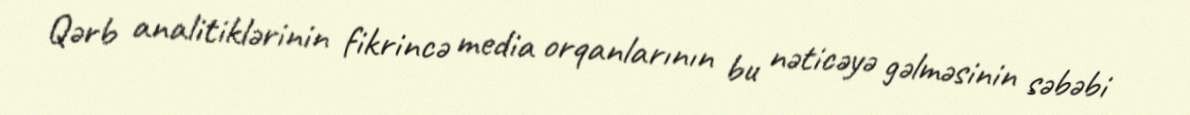
Qərb analitiklərinin fikrincə media orqanlarının bu nəticəyə gəlməsinin səbəbi